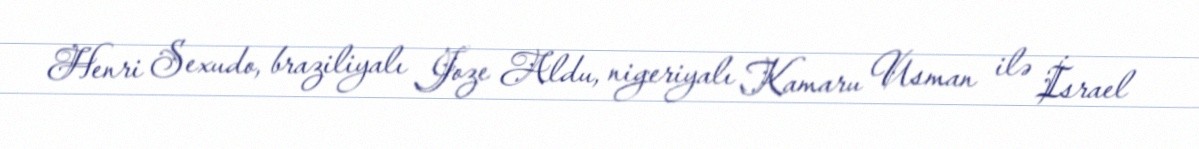
Henri Sexudo, braziliyalı Joze Aldu, nigeriyalı Kamaru Usman ilə İsrael